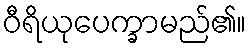
ဝီရိယုပေက္ခာမည်၏။